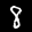
Label: 8